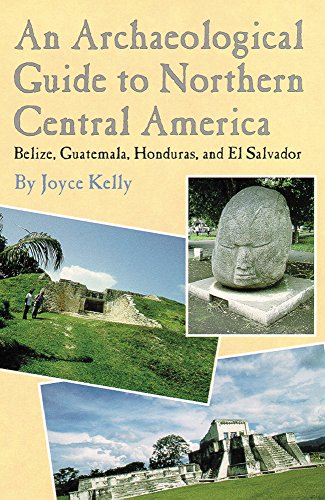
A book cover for An Archaeological Guide to Northern Central America: Belize, Guatemala, Honduras, and El Salvador; Joyce Kelly; Travel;